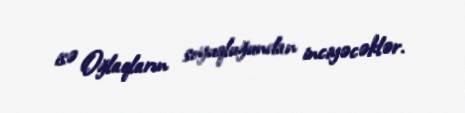
isə Oğlaqların soyuqluğundan inciyəcəklər.